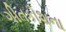
ગીતકોશના